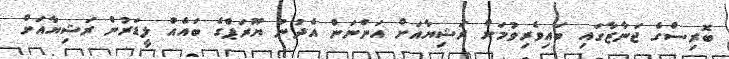
ބޮރިސްގެ ޖަނާޒާގައި ބައިވެރިވުމަށް ރަޝިޔާއަށް އަންނަން އެދުނު ޔޫރަޕްގެ ބައެއް ލީޑަރުން ރަޝިޔާއަށް